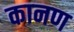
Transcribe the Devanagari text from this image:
कानण